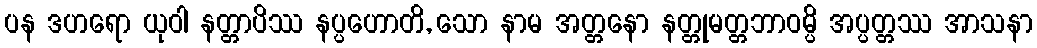
ပန ဒဟရော ယုဝါ နတ္တာပိဿ နပ္ပဟောတိ, သော နာမ အတ္တနော နတ္တုမတ္တဘာဝမ္ပိ အပ္ပတ္တဿ အာသနာ